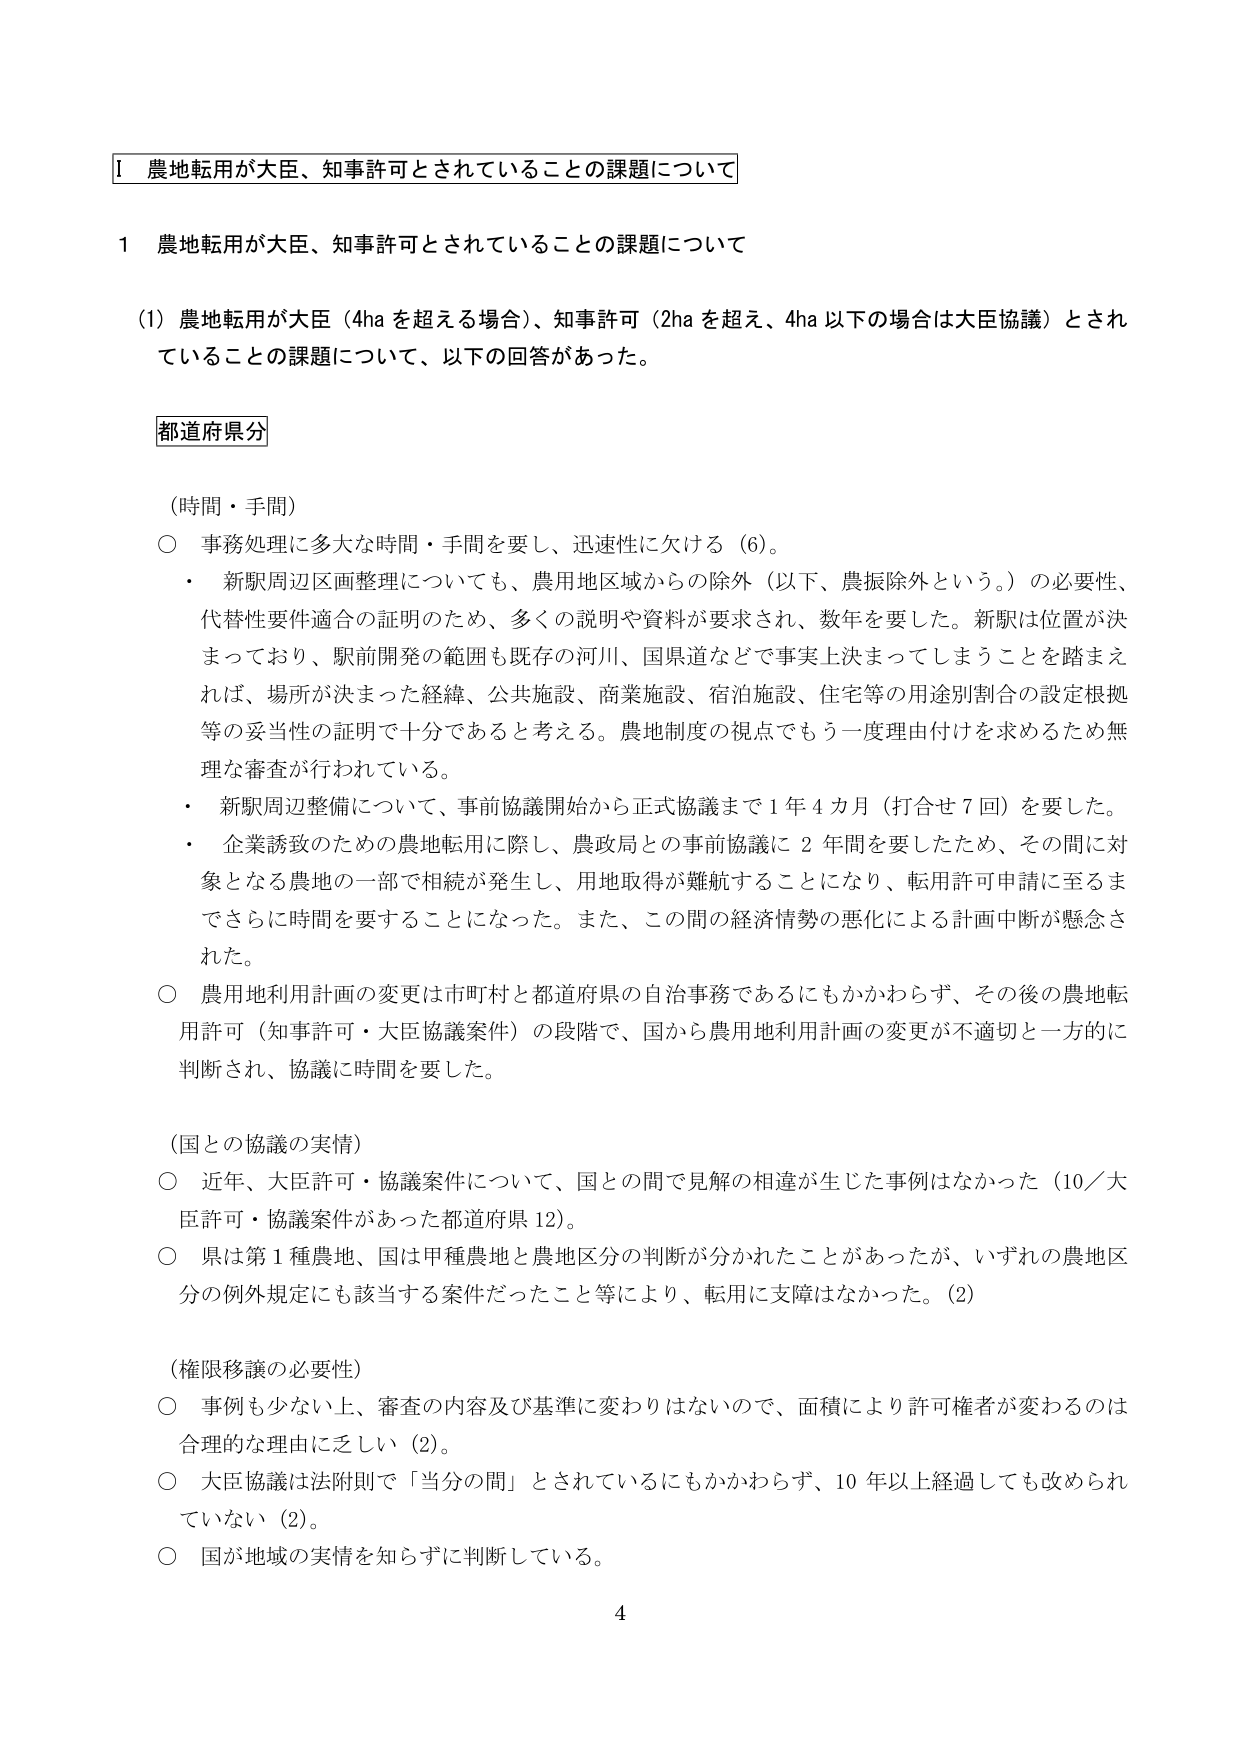
Ⅰ 農地転用が大臣、知事許可とされていることの課題について

1 農地転用が大臣、知事許可とされていることの課題について

(1) 農地転用が大臣（4ha を超える場合）、知事許可（2ha を超え、4ha 以下の場合は大臣協議）とされていることの課題について、以下の回答があった。

都道府県分

（時間・手間）
○ 事務処理に多大な時間・手間を要し、迅速性に欠ける（6）。
・ 新駅周辺区画整理についても、農用地区域からの除外（以下、農振除外という。）の必要性、代替性要件適合の証明のため、多くの説明や資料が要求され、数年を要した。新駅は位置が決まっており、駅前開発の範囲も既存の河川、国県道などで事実上決まってしまうことを踏まえれば、場所が決まった経緯、公共施設、商業施設、宿泊施設、住宅等の用途別割合の設定根拠等の妥当性の証明で十分であると考える。農地制度の視点でもう一度理由付けを求めるため無理な審査が行われている。
・ 新駅周辺整備について、事前協議開始から正式協議まで1年4カ月（打合せ7回）を要した。
・ 企業誘致のための農地転用に際し、農政局との事前協議に2年間を要したため、その間に対象となる農地の一部で相続が発生し、用地取得が難航することになり、転用許可申請に至るまでさらに時間を要することになった。また、この間の経済情勢の悪化による計画中断が懸念された。
○ 農用地利用計画の変更は市町村と都道府県の自治事務であるにもかかわらず、その後の農地転用許可（知事許可・大臣協議案件）の段階で、国から農用地利用計画の変更が不適切と一方的に判断され、協議に時間を要した。

（国との協議の実情）
○ 近年、大臣許可・協議案件について、国との間で見解の相違が生じた事例はなかった（10／大臣許可・協議案件があった都道府県12）。
○ 県は第1種農地、国は甲種農地と農地区分の判断が分かれたことがあったが、いずれの農地区分の例外規定にも該当する案件だったこと等により、転用に支障はなかった。（2）

（権限移譲の必要性）
○ 事例も少ない上、審査の内容及び基準に変わりはないので、面積により許可権者が変わるのは合理的な理由に乏しい（2）。
○ 大臣協議は法附則で「当分の間」とされているにもかかわらず、10年以上経過しても改められていない（2）。
○ 国が地域の実情を知らずに判断している。

4